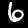
Label: 6